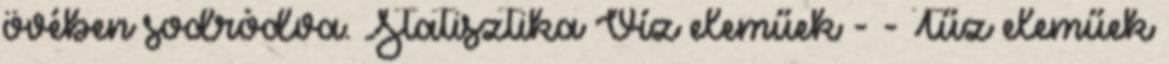
övében sodródva. Statisztika Víz eleműek - - Tűz eleműek